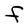
Character: F